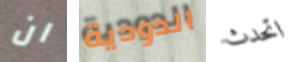
ان الدودية اتحدث